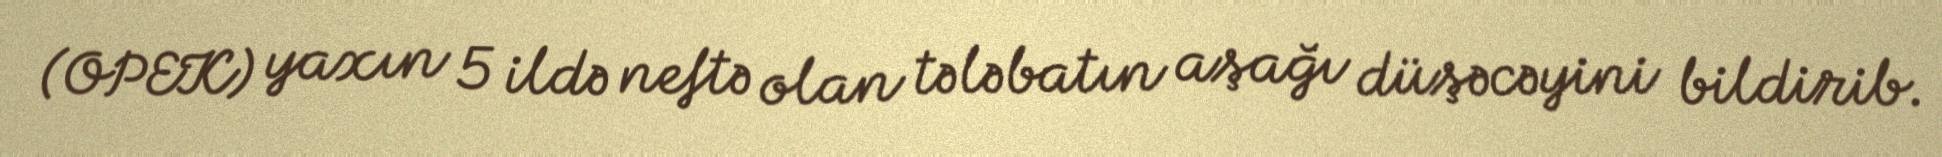
(OPEK) yaxın 5 ildə neftə olan tələbatın aşağı düşəcəyini bildirib.